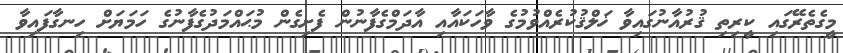
މީގެތެރޭގައި ކީރިތި ޤުރުއާނުގައިވާ ޚަލްޤުކުރެއްވުމުގެ ވާހަކައާއި އާދަމްގެފާނުން ފެށިގެން މުޙައްމަދުގެފާނުގެ ހަމަޔަށް ހިނގާފައިވާ